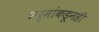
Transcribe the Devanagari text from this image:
शर्मांकडूनही